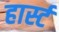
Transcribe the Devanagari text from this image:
हार्स्ट